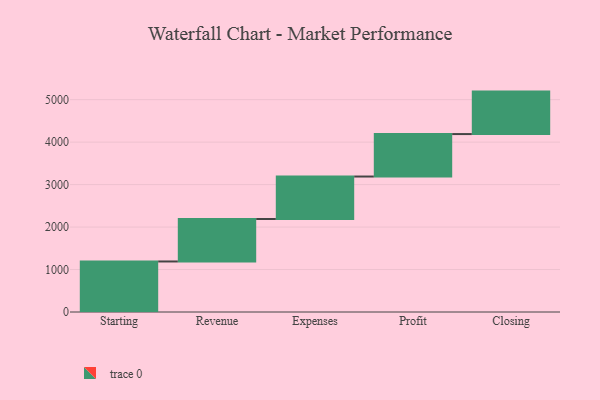
{"axis": {"x": "Step", "y": "Value"}, "legend": [""], "data": [{"x": "Starting", "y": 1190.0, "type": ""}, {"x": "Revenue", "y": 1000, "type": ""}, {"x": "Expenses", "y": 1000, "type": ""}, {"x": "Profit", "y": 1000, "type": ""}, {"x": "Closing", "y": 1000, "type": ""}]}